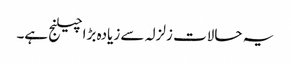
یہ حالات زلزلہ سے زیادہ بڑا چیلنج ہے۔